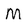
Character: M